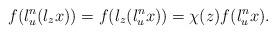
LaTeX: \begin{align*} f(l_u^n(l_zx))=f(l_z(l_u^nx))=\chi(z)f(l_u^n x). \end{align*}